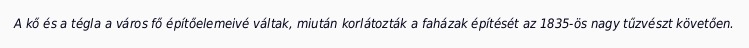
A kő és a tégla a város fő építőelemeivé váltak, miután korlátozták a faházak építését az 1835-ös nagy tűzvészt követően.